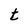
Character: t